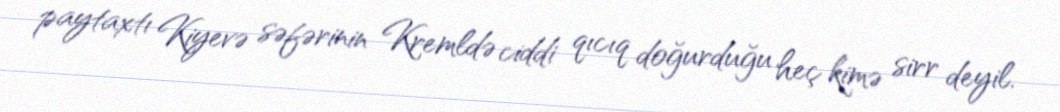
paytaxtı Kiyevə səfərinin Kremldə ciddi qıcıq doğurduğu heç kimə sirr deyil.